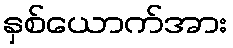
နှစ်ယောက်အား